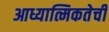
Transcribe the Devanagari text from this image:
आध्यात्मिकतेची